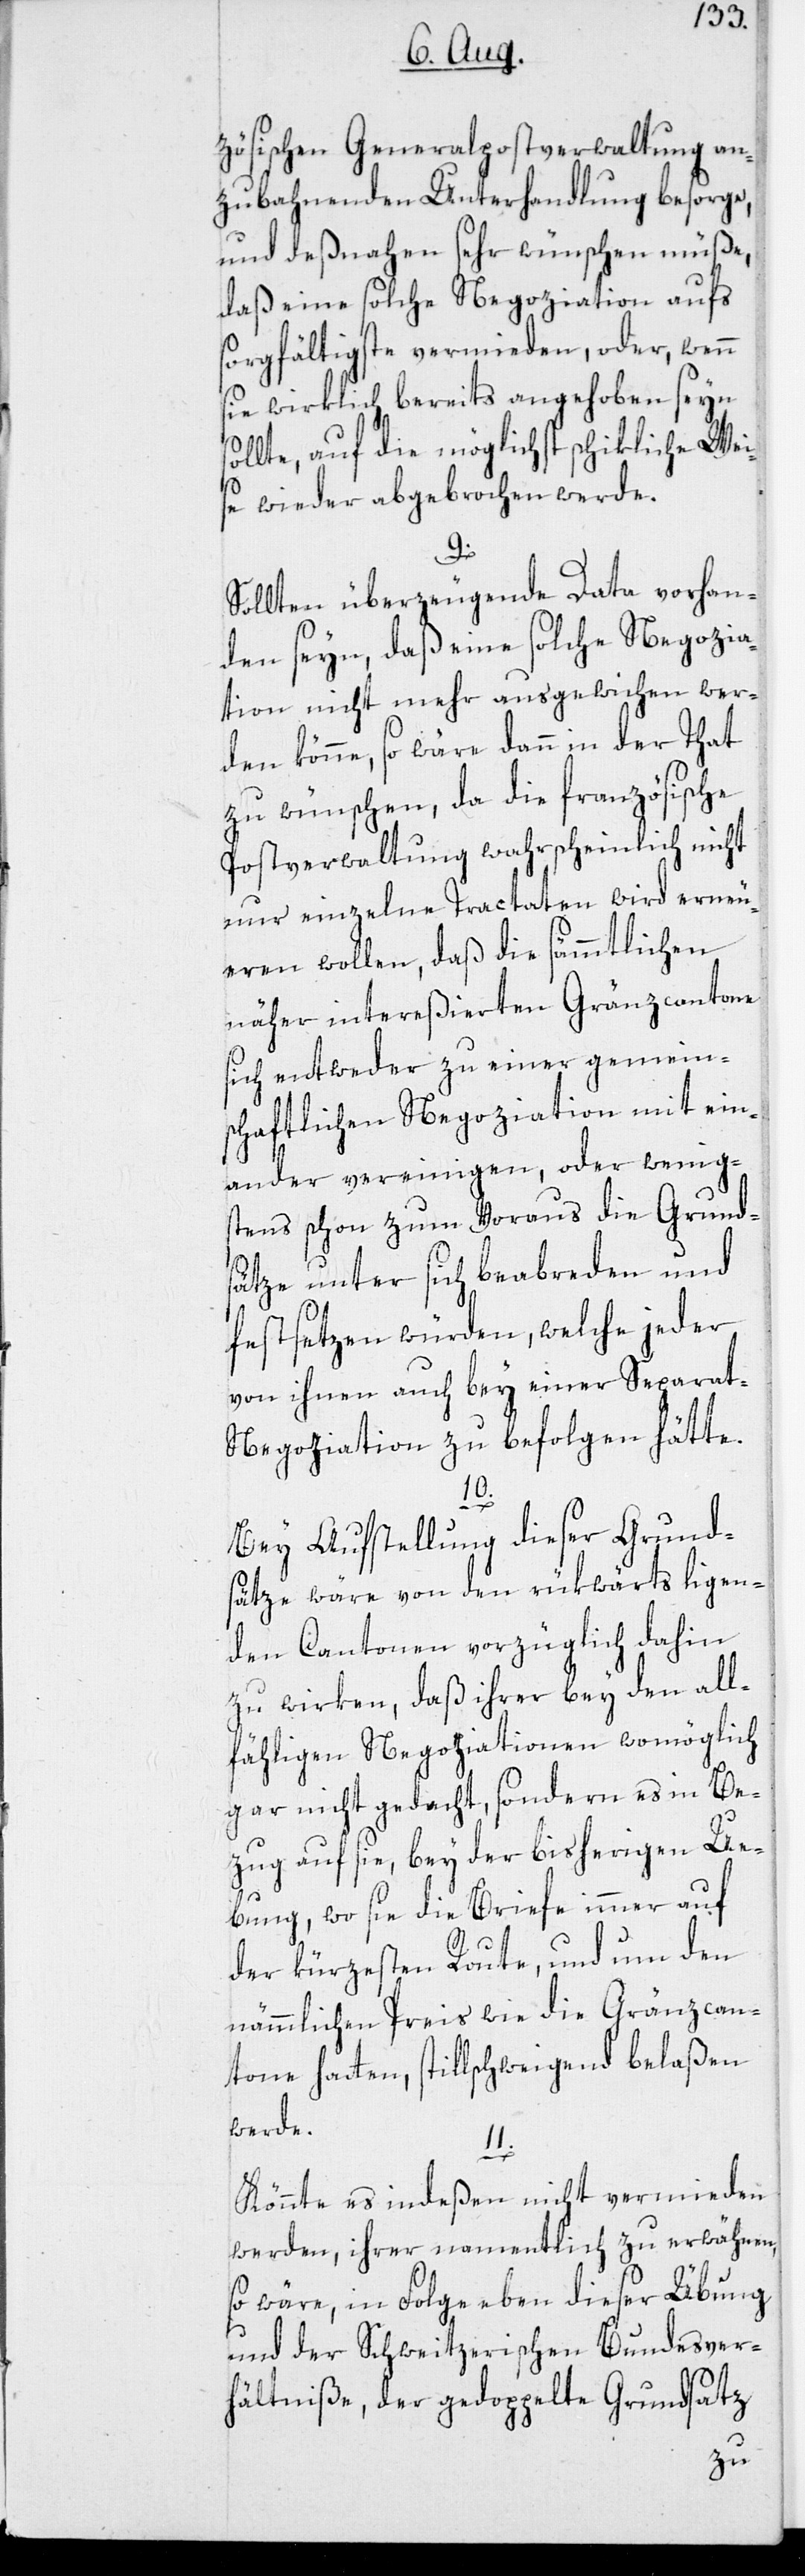
zösischen Generalpostverwaltung an¬
zubahnenden Unterhandlung besorge,
und deßnahen sehr wünschen müße,
daß eine solche Negoziation aufs
sorgfältigste vermieden, oder, wenn
sie wirklich bereits angehoben seyn
llte, auf die möglichst schikliche Wei¬
se wieder abgebrochen werde.
9.
Sollten überzeugende Data vorhan¬
den seyn, daß eine solche Negozia¬
tion nicht mehr ausgewichen wer¬
den könne, so wäre dann in der That
zu wünschen, da die französische
Postverwaltung wahrscheinlich nicht
nur einzelne Tractaten wird erneu¬
eren wollen, daß die sämmtlichen
näher intereßierten Gränzcantone
sich entweder zu einer gemein¬
schaftlichen Negoziation mit ein¬
ander vereinigen, oder wenigs¬
tens schon zum Voraus die Grund¬
sätze unter sich beabreden und
festsetzen würden, welche jeder
von ihnen auch bey einer Separat-N¬
egoziation zu befolgen hätte.
10.
Bey Aufstellung dieser Grund¬
sätze wäre von den rükwärts ligen¬
den Cantonen vorzüglich dahin
zu wirken, daß ihrer bey den all¬
fähligen Negoziationen womöglich
gar nicht gedacht, sondern es in Be¬
zug auf sie, bey der bisherigen Ü¬
bung, wo sie die Briefe immer auf
der kürzesten Route, und um den
nämmlichen Preis wie die Gränzcan¬
tone hatten, stillschweigend belaßen
werde.
11.
Könnte es indeßen nicht vermieden
werden, ihrer namentlich zu erwähnen,
so wäre, in Folge eben dieser Übung
und der Schweitzerischen Bundesver¬
hältniße, der gedoppelte Grundsatz